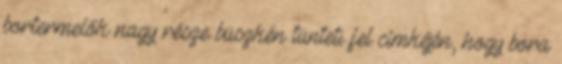
bortermelők nagy része büszkén tünteti fel címkéjén, hogy bora